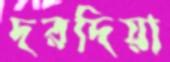
দরদিয়া